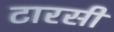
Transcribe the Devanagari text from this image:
टारसी